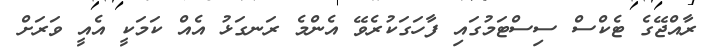
ރާއްޖޭގެ ޓެކްސް ސިސްޓަމުގައި ފާހަގަކުރެވޭ އެންމެ ރަނގަޅު އެއް ކަމަކީ އެއީ ވަރަށް